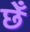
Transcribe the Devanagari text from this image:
छेँ